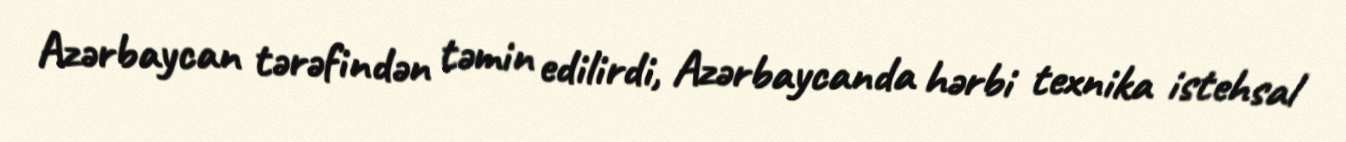
Azərbaycan tərəfindən təmin edilirdi, Azərbaycanda hərbi texnika istehsal